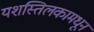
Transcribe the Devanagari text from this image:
यशस्तिलकामधून